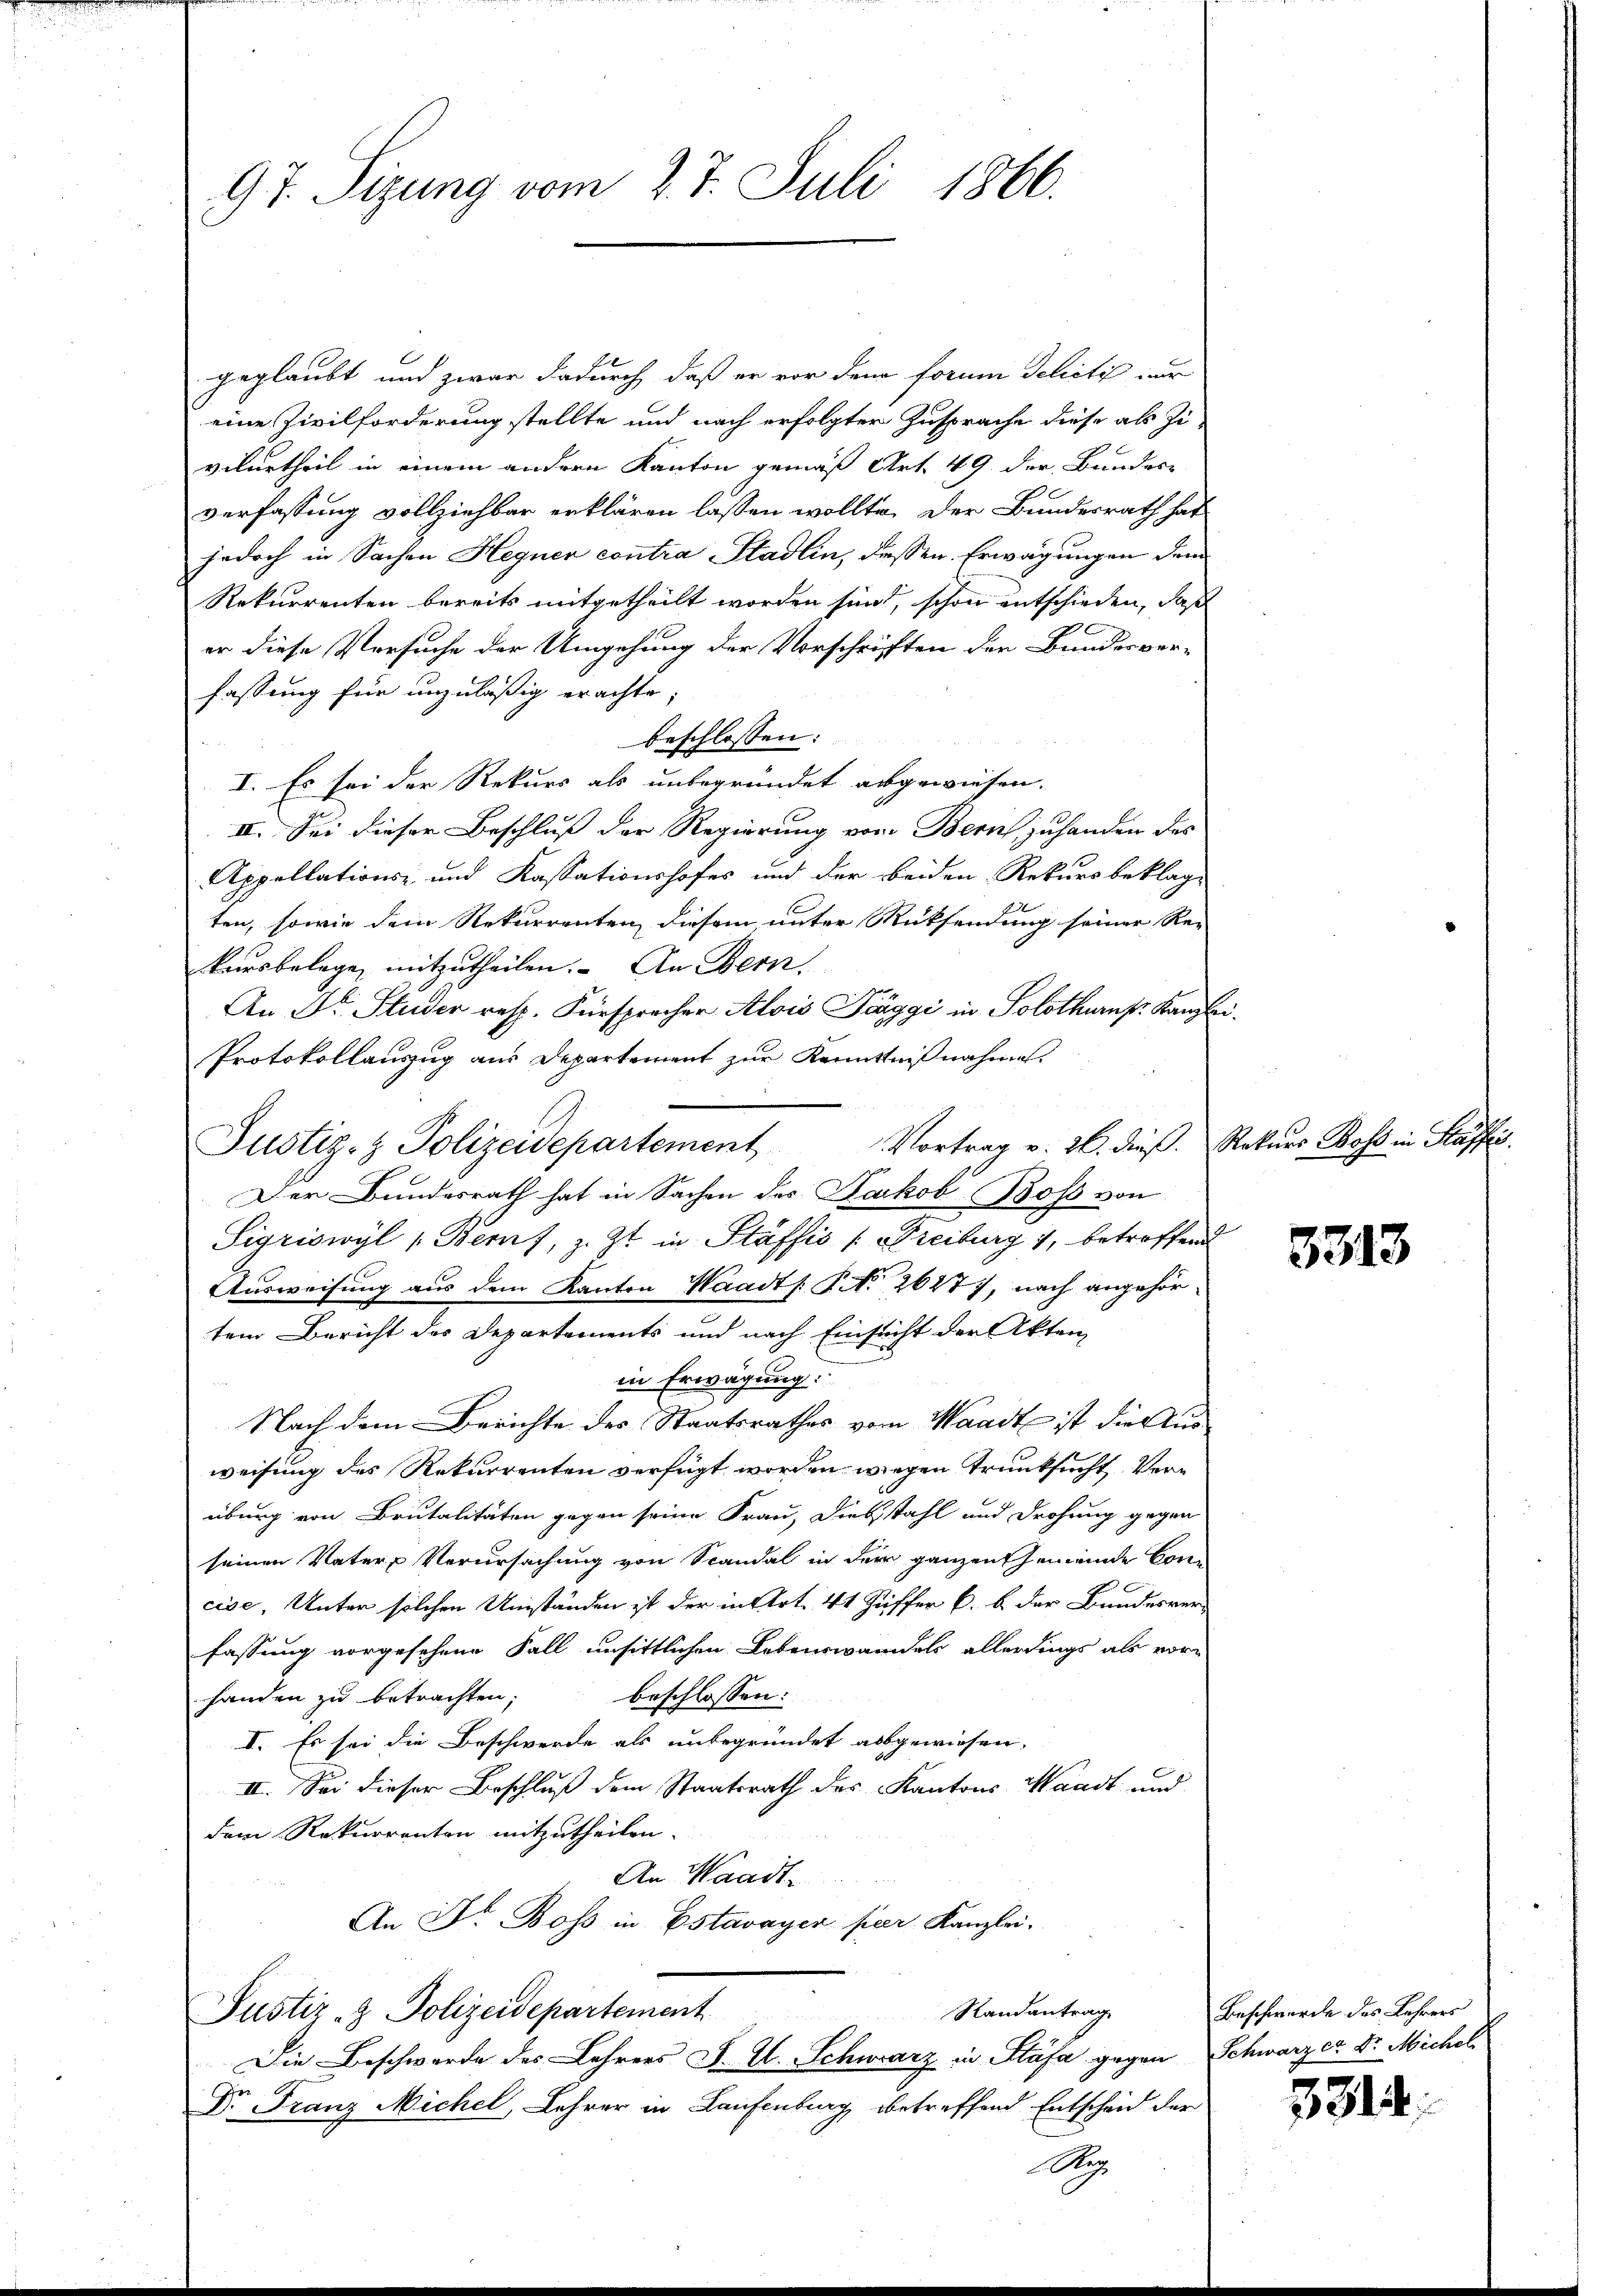
97. Sizung vom 27. Juli 1866.

geglaubt und zwar dadurch, daß er vor dem forme Delictis zur
eine Zivilforderung stellte und nach erfolgter Zusprache diese als Zivilurtheil in einem andern Kanton gemäß Art. 49 der Bundere
verfassung vollziehbar erklären lassen wollte. Der Bundesrath hat
jedoch in Sachen Hegner contra Stadlin, dessen Erwägungen dem
Rekurrenten bereits mitgetheilt worden sind, schon entschieden, daß
er diese Versuche der Umgehung der Vorschriften der Bundesver-
fassung für unzuläßig erachte,
beschlossen:
I. Es sei der Rekurs als unbegründet abgewiesen.
II. Sei dieser Beschluß der Regierung von Bern, zu handen des
Appellations- und Kassationshofes und der beiden Rekursbeklage
ten, sowie dem Rekurrenten diesem unter Rücksendung seiner Re-
karsbelege mitzutheilen. An Bern,
An Dr. Studer resp. Fürsprecher Alois Träggi in Solothurn. Kanzlei.
Protokollauszug aus Departement zur Kenntnißnahme.
Justiz- & Polizeidepartement Vortrag v. 26. dieβ. Rekurs Boss in Stäffis
Der Bundesrath hat in Sachen des Jakob Boss von
Sigriswyl (Beruf, z. Zt. in Stäffis (Freiburg 1, betroffend
Ausweisung aus dem Kanton Waadts. S. 2627), nach angehörtem Bericht des Departements und nach Einsicht der Akten
in Erwägung.
Nach dem Berichte des Staatsrathes vom Waadt ist die Ausweisung des Rekurrenten verfügt worden wegen Trunksucht verüburg von Brutalitäten gegen seine Frau, Diesstahl und Drohung gegen
seinen Vater Verursachung von Spandal in der ganzen Gemeinde Concise, Unter solchen Umständen ist der in Art. 44 Ziffer l. b der Bundesverfassung vorgesehene Fall unsittlichen Lebenswandels allerdings als vor-
beschlossen:
handen zu betrachten;
I. Es sei die Beschwerde als unbegründet abgewiesen.
II. Sei dieser Beschluß dem Staatsrath des Kantons Waadt und
dem Rekurrenten mitzutheilen.
An Waadt.
An Dr. Boss in Estavayer per Kanzlei.
Randantrag
Justiz- & Polizeidepartement
Die Beschwerde des Lehrers J. A. Schwarz in Stäfa gegen Schwarzer Dr. Michol
Dr Franz Michel, Lehrer in Laufenburg betreffend Entscheid der

3313

Beschwerde des Lehrers

3314.